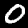
Digit: 0